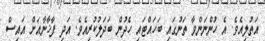
އަތުލިއެވެ. އެ ހުންނަންވާ ތަނުގައި ބަހައްޓައި ހެދުން ބަދަލުކުރިއެވެ. އަދި ފާޚާނާއަށް އައިސް